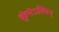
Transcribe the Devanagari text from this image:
कुंभेऽस्मिन्